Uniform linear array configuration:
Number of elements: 12
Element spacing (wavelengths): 0.75
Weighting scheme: hamming
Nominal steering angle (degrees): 60
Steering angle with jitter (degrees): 61.931
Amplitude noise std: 0.05
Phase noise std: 0.05

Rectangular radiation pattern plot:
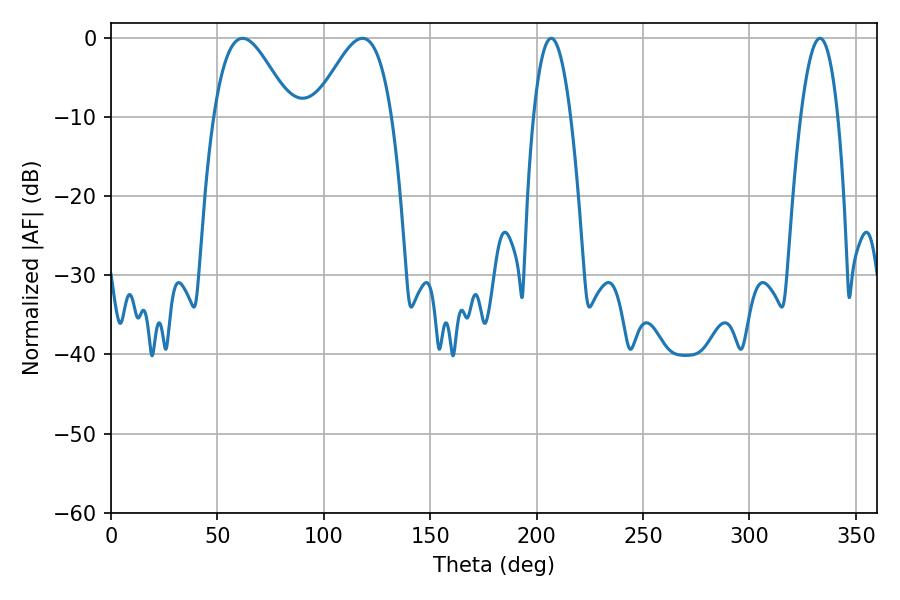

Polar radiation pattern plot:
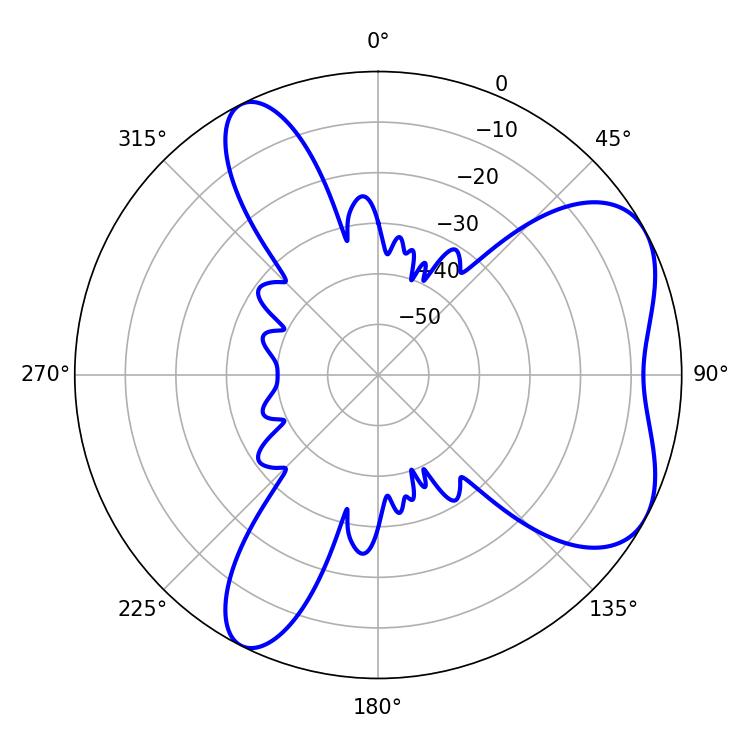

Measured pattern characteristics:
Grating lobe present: TRUE
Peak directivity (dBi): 5.801
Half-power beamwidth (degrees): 9.72
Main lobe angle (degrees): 206.82